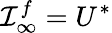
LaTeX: {\cal I}_{\infty}^{f}=U^{*}